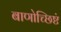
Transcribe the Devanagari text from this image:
बाणोच्छिष्टं